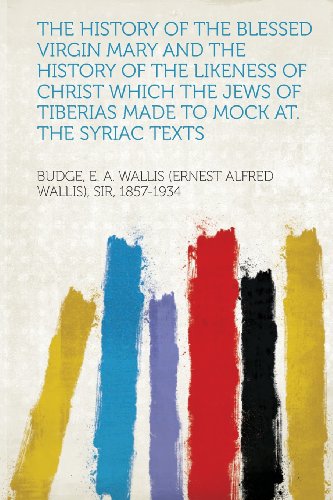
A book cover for The History of the Blessed Virgin Mary and the History of the Likeness of Christ Which the Jews of Tiberias Made to Mock At. the Syriac Texts; Budge E. a. Wallis (Ernest a. 1857-1934; History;